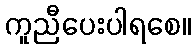
ကူညီပေးပါရစေ။